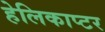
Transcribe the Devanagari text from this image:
हेलिकाप्‍टर